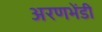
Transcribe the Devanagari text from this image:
अरणभेंडी